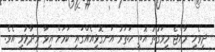
ދިވެހި ރާއްޖެ މިވަގުތު އޮތީ ހަތަރު އަނގޮޅިއެއްގައި ކަމަށް އިވާ ވިދާޅުވި އެވެ.